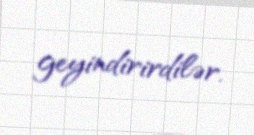
geyindirirdilər.